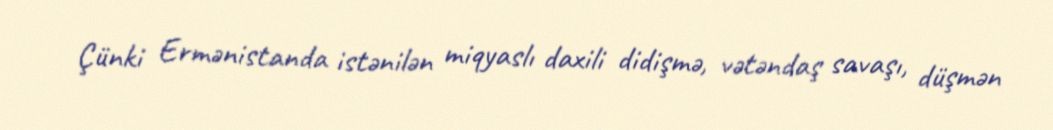
Çünki Ermənistanda istənilən miqyaslı daxili didişmə, vətəndaş savaşı, düşmən